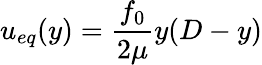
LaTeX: u_{eq}(y)=\frac{f_{0}}{2\mu}y(D-y)